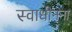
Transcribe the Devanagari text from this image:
स्वाधीनना